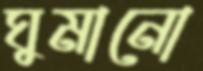
ঘুমানো